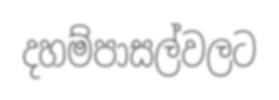
දහම්පාසල්වලට